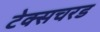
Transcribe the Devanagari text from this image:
टेक्सचरड